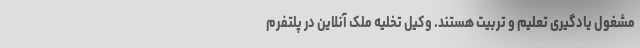
مشغول یادگیری تعلیم و تربیت هستند. وکیل تخلیه ملک آنلاین در پلتفرم